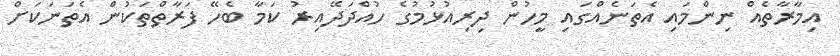
އިމާރާތެއް ނިންމައި އެތަނެއްގައި މީހުން ދިރިއުޅުމުގެ ހުއްދަދޭއިރު ކަމާ ބެހޭ ފަރާތްތަކުން އެތަނަކަށް